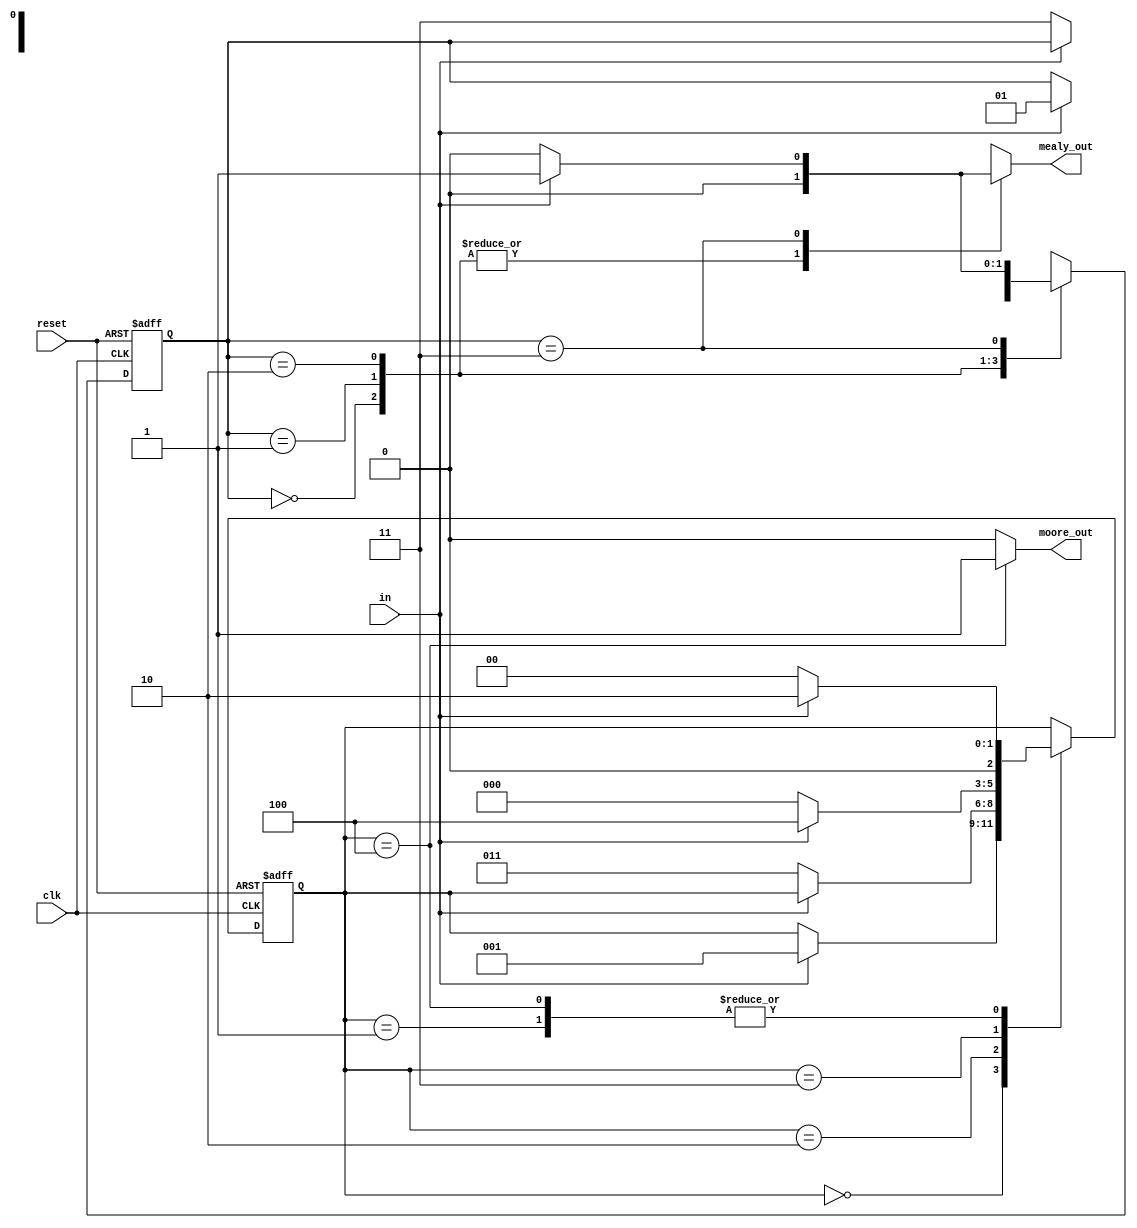
`timescale 1ns / 1ps
//////////////////////////////////////////////////////////////////////////////////
// Sequence 1101 detector - Mealy and Moore
//////////////////////////////////////////////////////////////////////////////////

module sequence_detector(
	input in, clk, reset,
	output reg mealy_out, moore_out
);

	parameter MEALY_IDLE=2'b00,
	MEALY_A=2'b01,
	MEALY_B=2'b10,
	MEALY_C=2'b11;

	parameter MOORE_IDLE=3'b000,
	MOORE_A=3'b001,
	MOORE_B=3'b010,
	MOORE_C=3'b011,
	MOORE_D=3'b100;

	reg [1:0]mealy_ps,mealy_ns;
	reg [2:0]moore_ps,moore_ns;

	//Sequential always block
	always @(posedge clk or negedge reset)
		if(!reset)
			begin
			mealy_ps <= MEALY_IDLE;
			moore_ps <= MOORE_IDLE;
			end
		else
			begin
			mealy_ps <= mealy_ns;
			moore_ps <= moore_ns;
			end	

	//Combinational always block-Mealy
	always @(mealy_ps,in)
		begin
		mealy_ns = mealy_ps;
		mealy_out = 1'b0;
		case (mealy_ps)
			MEALY_IDLE: if(in)
			  mealy_ns = MEALY_A;
			MEALY_A:    if(in)
			  mealy_ns = MEALY_B;
			  else
			  mealy_ns = MEALY_IDLE;
			MEALY_B:    if(~in)
			  mealy_ns = MEALY_C;
			MEALY_C:    if(in) 
			  begin
			  mealy_ns = MEALY_A;
			  mealy_out = 1'b1;
			  end
			  else
			  mealy_ns = MEALY_IDLE;
		endcase
		end

	//Combinational always block-Moore	
	always @(moore_ps,in)
		begin
		moore_ns = moore_ps;
		case(moore_ps)
			MOORE_IDLE: if(in)
			  moore_ns = MOORE_A;
			MOORE_A: if(in)
			  moore_ns = MOORE_B;
			  else
			  moore_ns = MOORE_IDLE;
			MOORE_B: if(~in)
			  moore_ns = MOORE_C;
			MOORE_C: if(in)
			  moore_ns = MOORE_D;
			  else
			  moore_ns = MOORE_IDLE;
			MOORE_D: if(in)
			  moore_ns = MOORE_B;
			  else
		    moore_ns = MOORE_IDLE;
		endcase
		end

	// Moore output
	always @(moore_ps)
		begin
		moore_out = 1'b0;
		case(moore_ps)
			MOORE_IDLE,MOORE_A,MOORE_B,MOORE_C:;
			MOORE_D: moore_out =1'b1;
		endcase
		end

endmodule